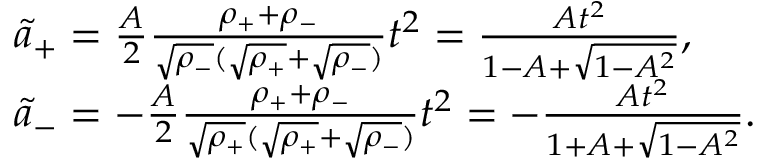
\begin{array} { r l } & { \Tilde { a } _ { + } = \frac { A } { 2 } \frac { \rho _ { + } + \rho _ { - } } { \sqrt { \rho _ { - } } ( \sqrt { \rho _ { + } } + \sqrt { \rho _ { - } } ) } t ^ { 2 } = \frac { A t ^ { 2 } } { 1 - A + \sqrt { 1 - A ^ { 2 } } } , } \\ & { \Tilde { a } _ { - } = - \frac { A } { 2 } \frac { \rho _ { + } + \rho _ { - } } { \sqrt { \rho _ { + } } ( \sqrt { \rho _ { + } } + \sqrt { \rho _ { - } } ) } t ^ { 2 } = - \frac { A t ^ { 2 } } { 1 + A + \sqrt { 1 - A ^ { 2 } } } . } \end{array}